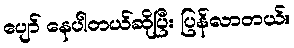
ပျော် နေပါတယ်ဆိုပြီး ပြန်လာတယ်။